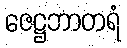
ဇေဋ္ဌဘာတရံ